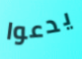
يدعوا